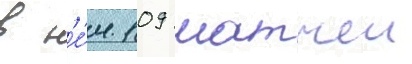
в н'е́м 109 матчеи